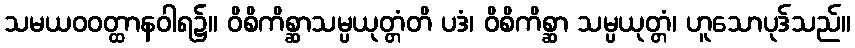
သမယဝဝတ္ထာနဝါရ၌။ ဝိစိကိစ္ဆာသမ္ပယုတ္တံတိ ပဒံ၊ ဝိစိကိစ္ဆာ သမ္ပယုတ္တံ၊ ဟူသောပုဒ်သည်။